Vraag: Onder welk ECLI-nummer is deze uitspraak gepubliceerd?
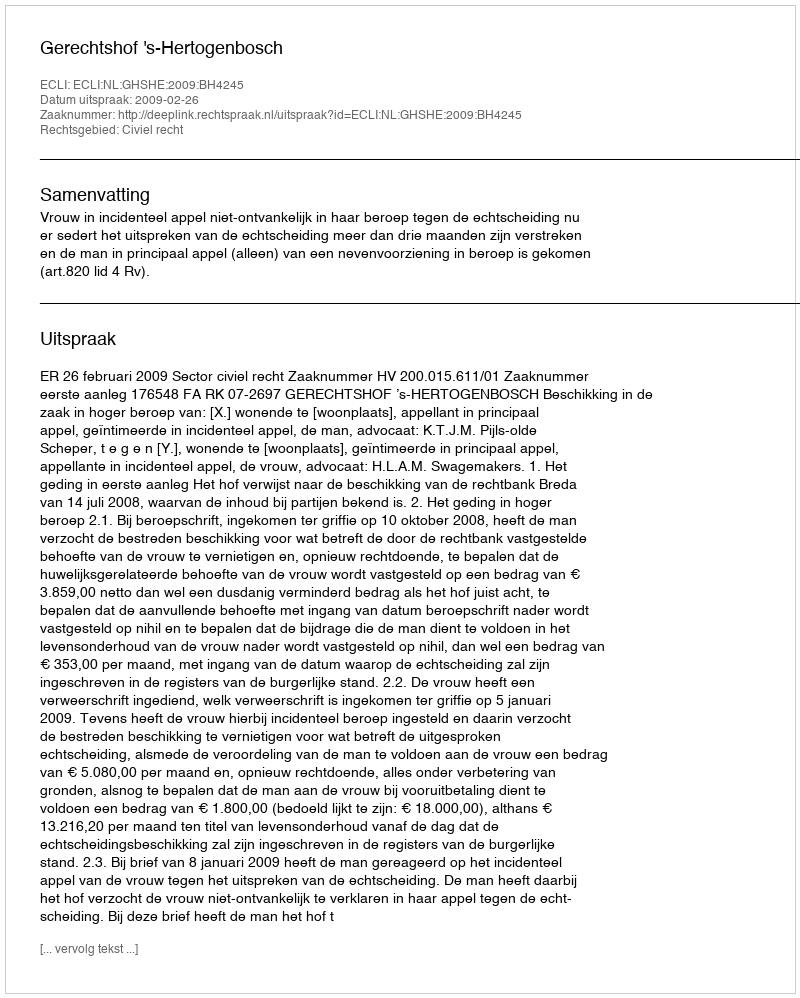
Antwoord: ECLI:NL:GHSHE:2009:BH4245